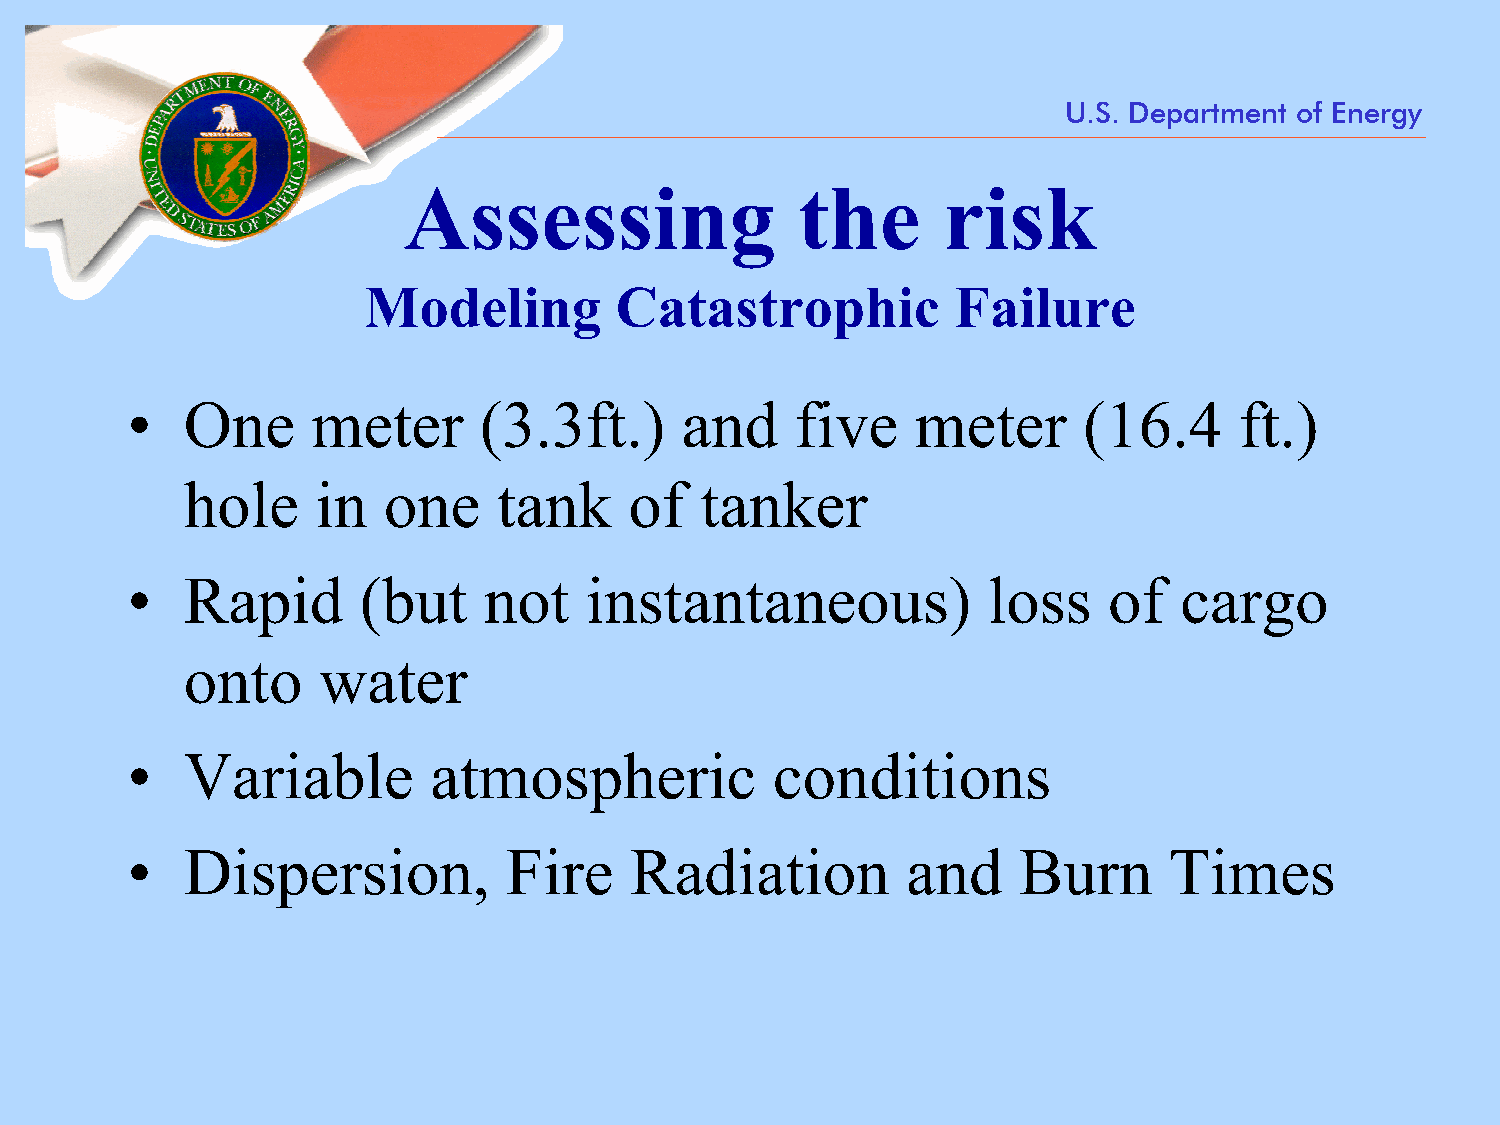
U.S. Department of Energy
 Assessing                 the      risk
 Modeling         Catastrophic          Failure
 •   One      meter      (3.3ft.)     and     five    meter      (16.4     ft.)
 hole     in  one     tank     of  tanker
 •   Rapid       (but    not    instantaneous)            loss    of   cargo
 onto     water
 •   Variable        atmospheric            conditions
 •   Dispersion,          Fire     Radiation         and    Burn      Times